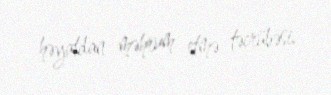
həyatdan məhrum etmə təcrübəsi.